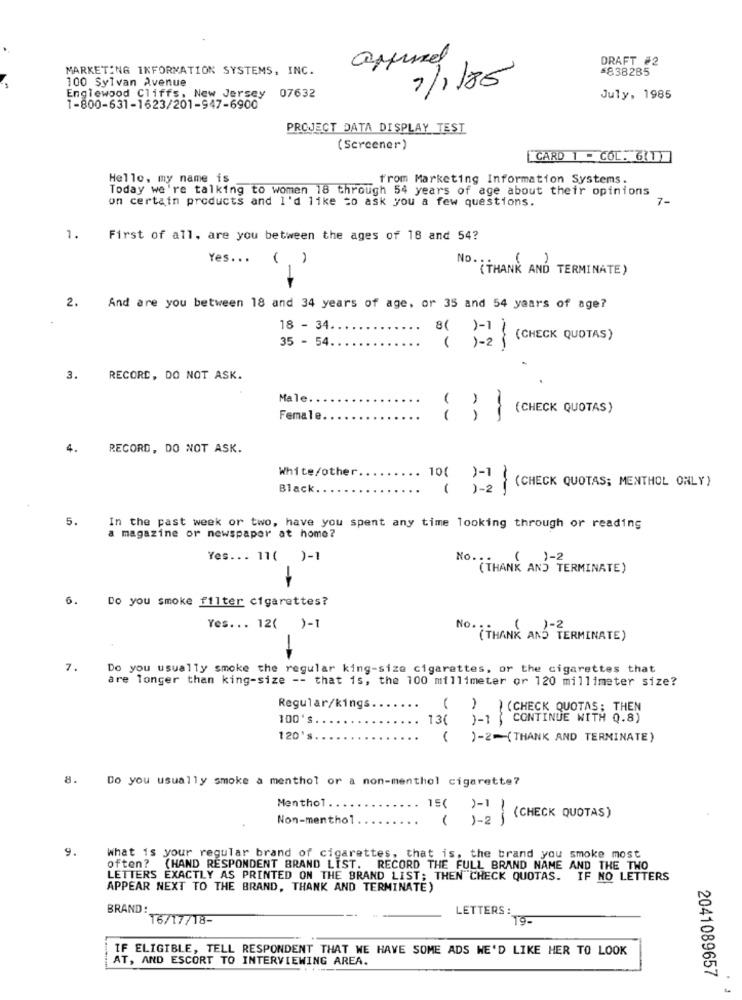
DRAFT #2
MARKETING INFORMATION SYSTEMS, INC.
$838285
7/1/85
100 Sylvan Avenue
Englewood Cliffs, New Jersey 07632
July, 1985
1-800-631-1623/201-947-6900
PROJECT DATA DISPLAY TEST
(Screener)
[CARD 1 - COL. 6(1)]
Hello, my name is
from Marketing Information Systems.
Today we're talking to women 18 through 54 years of age about their opinions
un certain products and I'd like to ask you a few questions.
7-
1.
First of all, are you between the ages of 18 and 54?
Yes ...
( )
(THANK AND TERMINATE)
2.
And are you between 18 and 34 years of age, or 35 and 54 years of age?
18 - 34 ..
8( )-1 1
35 - 54.
( )-2 } (CHECK QUOTAS)
3.
RECORD, DO NOT ASK.
Male.
Female.
--
} } (CHECK QUOTAS)
4.
RECORD, DO NOT ASK.
White/other.
10( ) -1
Black
( ) -2
(CHECK QUOTAS; MENTHOL ONLY)
5.
In the past week or two, have you spent any time looking through or reading
a magazine or newspaper at home?
Yes ... 11( )-1
No .:
( )-2
(THANK AND TERMINATE)
-
6.
Do you smoke filter cigarettes?
Yes ... 12( )-1
(THANK AND TERMINATE)
7.
Do you usually smoke the regular king-size cigarettes, or the cigarettes that
are longer than king-size -- that is, the 100 millimeter or 120 millimeter size?
Regular/kings
) (CHECK QUOTAS; THEN
100's
13( )-1 , CONTINUE WITH 0.8)
120's.
..
( )-2-(THANK AND TERMINATE)
8.
Do you usually smoke a menthol or a non-menthol cigarette?
Menthol
15( )-1
Non-menthol
( )-2 )
(CHECK QUOTAS )
9.
What is your regular brand of cigarettes, that is, the brand you smoke most
often? (HAND RESPONDENT BRAND LIST. RECORD THE FULL BRAND NAME AND THE TWO
LETTERS EXACTLY AS PRINTED ON THE BRAND LIST; THEN CHECK QUOTAS. IF NO LETTERS
APPEAR NEXT TO THE BRAND, THANK AND TERMINATE)
BRAND:
LETTERS :
16/17/18-
19-
IF ELIGIBLE, TELL RESPONDENT THAT WE HAVE SOME ADS WE'D LIKE HER TO LOOK
AT, AND ESCORT TO INTERVIEWING AREA.
2041089657